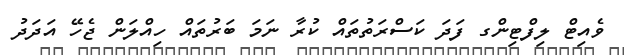
ވެއިޓް ލިފްޓިންގ ފަދަ ކަސްރަތުތައް ކުރާ ނަމަ ބަރުތައް ހިއްލަން ޖެހޭ އަދަދު